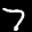
Label: 7